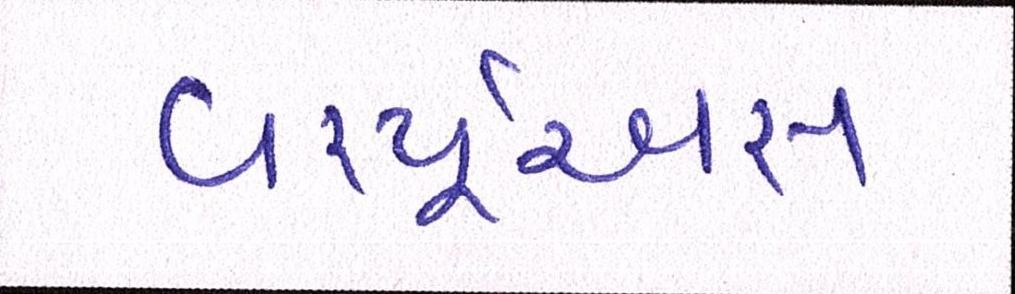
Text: વર્ચ્યૂઅસ